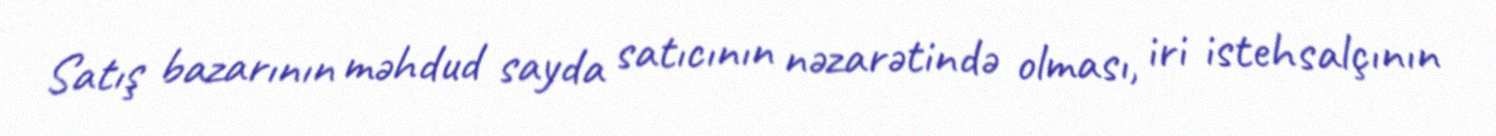
Satış bazarının məhdud sayda satıcının nəzarətində olması, iri istehsalçının